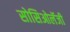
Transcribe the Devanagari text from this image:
सोसिओलॅजी